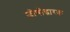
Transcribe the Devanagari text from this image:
जीणोद्धारक